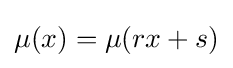
\mu (x)=\mu (rx+s)